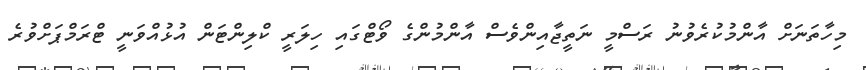
މިހާތަނަށް އާންމުކުރެވުނު ރަސްމީ ނަތީޖާއިންވެސް އާންމުންގެ ވޯޓްގައި ހިލަރީ ކްލިންޓަން އުޅުއްވަނީ ޓްރަމްޕަށްވުރެ